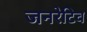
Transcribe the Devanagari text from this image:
जनरेटिव